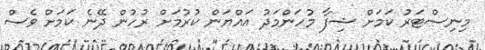
މިނިސްޓަރު ކަމަށް ޝިފާ މުހަންމަދު އައްޔަން ކުރުމަށް ރުހުން ދޭނެ ކަމަށް ވެސް